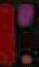
'